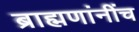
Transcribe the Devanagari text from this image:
ब्राह्मणांनींच